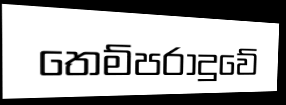
තෙම්පරාදුවේ